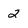
Character: 2